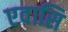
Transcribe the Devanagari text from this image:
एवासि